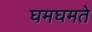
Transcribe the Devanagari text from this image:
घमघमते